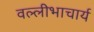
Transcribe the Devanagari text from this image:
वल्लीभाचार्य